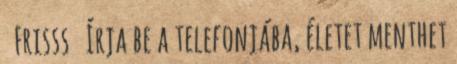
Frisss Írja be a telefonjába, életet menthet